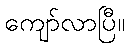
ကျော်လာပြီ။